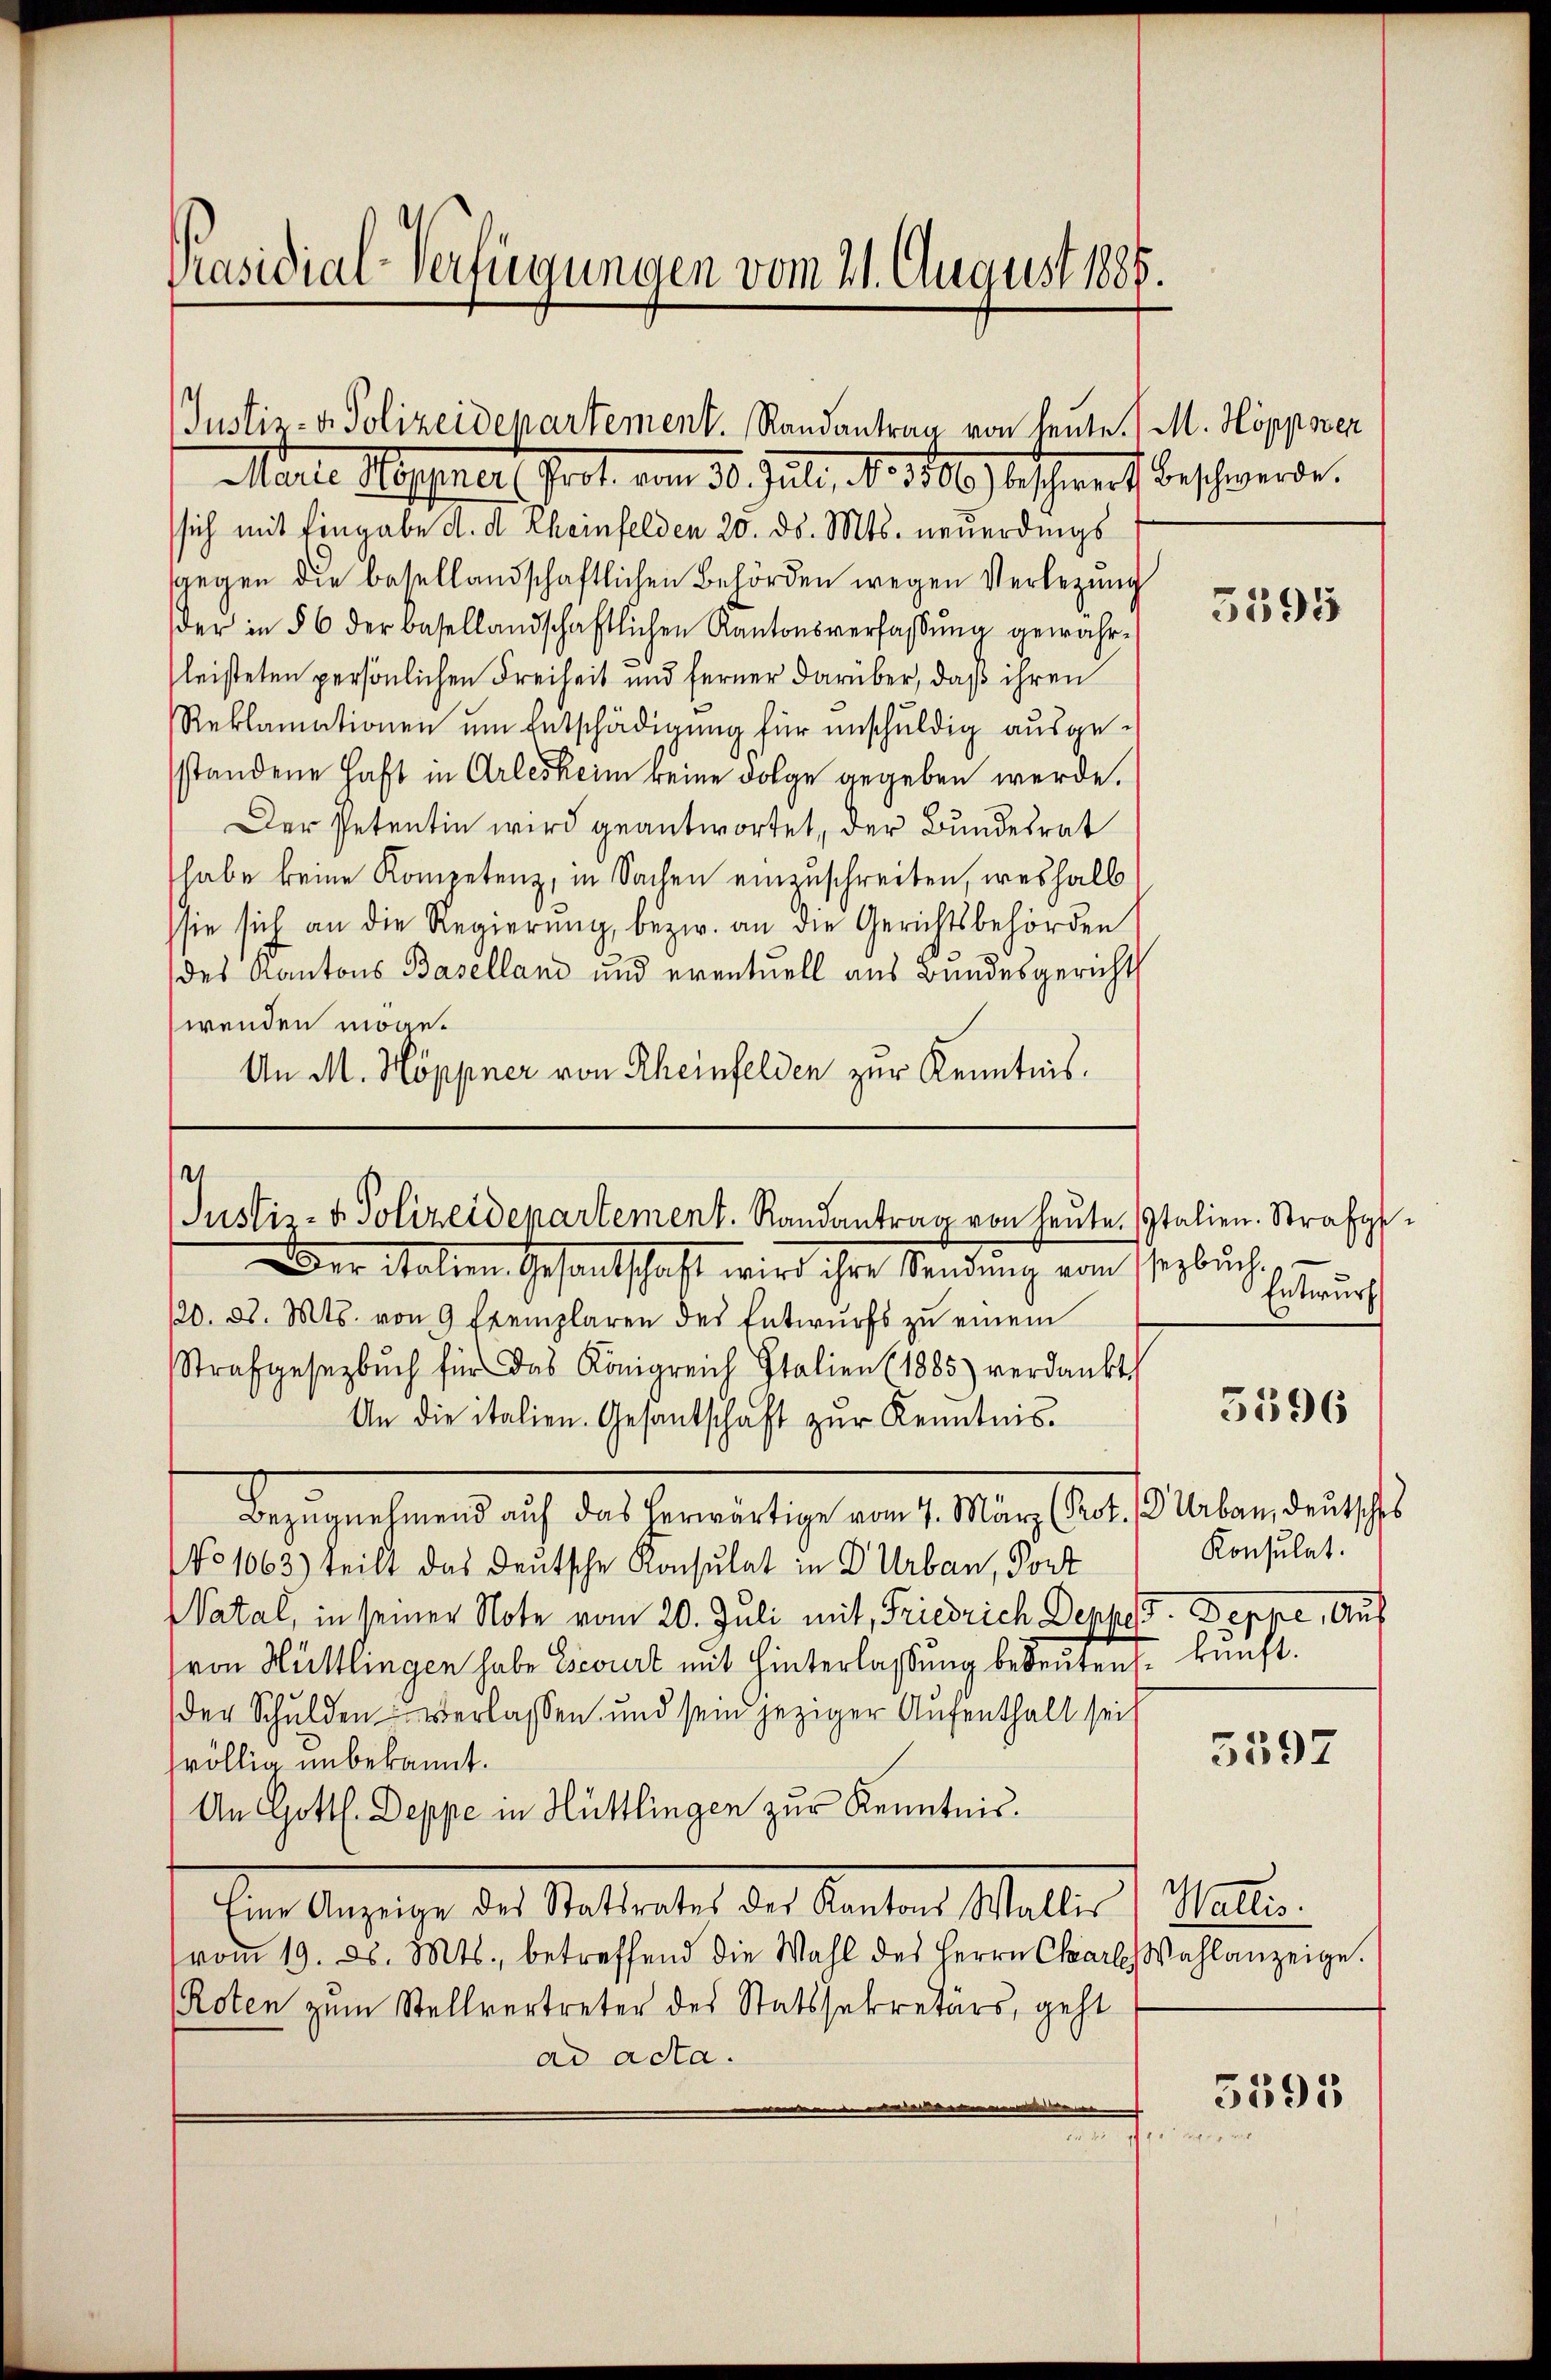
Präsidial-Verfügungen vom 21. August 1888.

sich mit Eingabe d. d. Rheinfelden 25. d. Mts. neuerdings
sgegen die basellandschaftlichen Behörden wegen Verlegŭng
der in § 6 der basellandschaftlichen Kantonsverfassŭng gewahr-
fleisteten persönlichen Freiheit und ferner darüber, daß ihren
Reklamationen um Entschädigung für unschuldig ausgesstandene Haft in Arlesheim keine Folge gegeben werde.
Der Petentin wird geantwortet, der Bundesrat
habe keine Kompetenz, in Sachen einzuschreiten, weshalb
sie sich an die Regierŭng, bezw. an die Gerichtsbehörden
des Kantons Baselland und eventuell aus Bundesgericht
wenden moge¬
An M. Höppner von Rheinfelden zur Kenntnis.

Justiz- & Polizeidepartement. Randantrag von heute. (M. Hopposer
Marte Apparer Grot vom 30. Juli, N. 1706 beschwert beschwerde.

s
Justiz- & Polizeidepartement. Randantrag von heute. Italien. Strafge¬

Der Italien Gesandtschaft wird ihre Sendung vom sezbuch,
/20. d. Mts. von 9 Exemplaren des Entwurfs zu einem
Strafgesezbŭch für das Königreich Italien (1885) verdankt.
An die italien. Gesantschaft zŭr Kenntnis.
dagegenheit auf der Einweistige an eine leurs aber die ist
No 1063) teilt das deutsche Konsulat in Dr Urban, Port
Vatal, in seiner Note vom 20. Juli mit Friedrich Deppe Auf
(von Hüttlingen habe Ecorirt mit Hinterlassung bedeuten, künft
der Schulden verlassen und sein jeziger Aufenthalt sei
völlig unbekannt.
An Gottl. Deppe in Hüttlingen zur Kenntnis.
Eine Anzeige der Vertrautet der Landten Malter h. Rechten.
vom 19. d. Mts., betreffend die Wahl des Herrn Carl Wahlanzeige.
Roten zum Stellvertreter des Statssekretärs, geht
ad acta.

5395

Entwurf

Konsulat.

5596

3597

5395
 wi